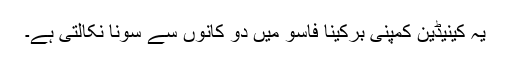
یہ کینیڈین کمپنی بُرکینا فاسو میں دو کانوں سے سونا نکالتی ہے۔